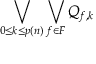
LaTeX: \bigvee _ { 0 \leq k \leq p ( n ) } \bigvee _ { f \in F } Q _ { f , k }